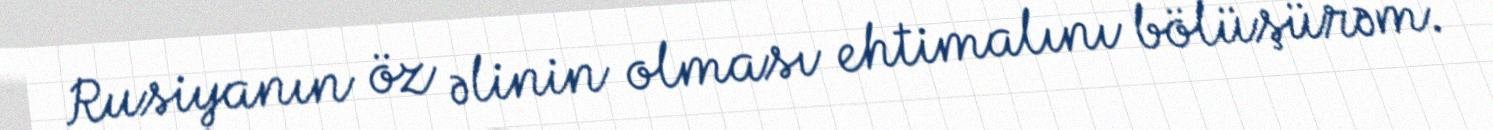
Rusiyanın öz əlinin olması ehtimalını bölüşürəm.